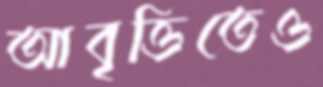
আবৃত্তিতেও